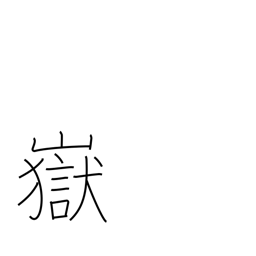
Meaning: peak